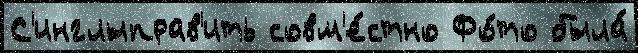
С'инглыправ'ить совм'е́стно Фо́то была́